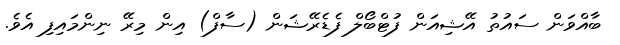
ބާއްވަން ސައުތު އޭޝިއަން ފުޓްބޯލް ފެޑެރޭޝަން (ސާފް) އިން މިރޭ ނިންމައިފި އެވެ.